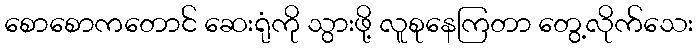
စောစောကတောင် ဆေးရုံကို သွားဖို့ လူစုနေကြတာ တွေ့လိုက်သေး